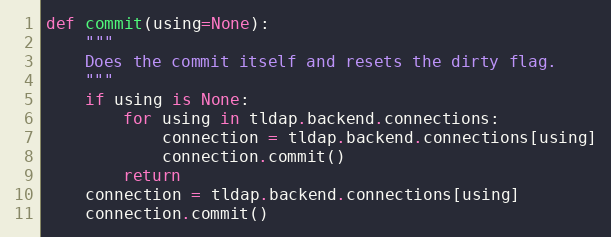
Language: Python
def commit(using=None):
    """
    Does the commit itself and resets the dirty flag.
    """
    if using is None:
        for using in tldap.backend.connections:
            connection = tldap.backend.connections[using]
            connection.commit()
        return
    connection = tldap.backend.connections[using]
    connection.commit()